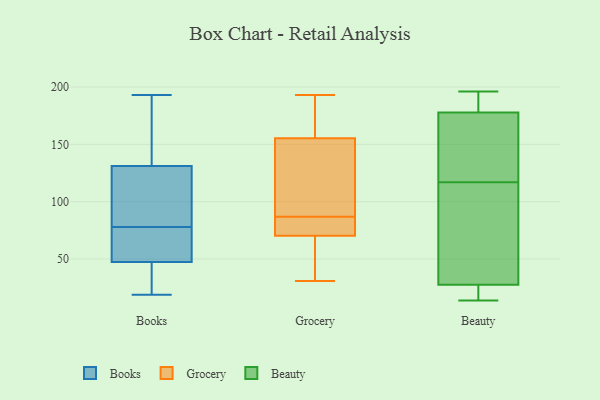
{"axis": {"x": "Budget (USD K)", "y": "Value"}, "legend": ["Beauty", "Books", "Grocery"], "data": [{"x": "", "y": 109, "type": "Books"}, {"x": "", "y": 19, "type": "Books"}, {"x": "", "y": 46, "type": "Books"}, {"x": "", "y": 193, "type": "Books"}, {"x": "", "y": 166, "type": "Books"}, {"x": "", "y": 134, "type": "Books"}, {"x": "", "y": 52, "type": "Books"}, {"x": "", "y": 78, "type": "Books"}, {"x": "", "y": 123, "type": "Books"}, {"x": "", "y": 33, "type": "Books"}, {"x": "", "y": 57, "type": "Books"}, {"x": "", "y": 62, "type": "Grocery"}, {"x": "", "y": 165, "type": "Grocery"}, {"x": "", "y": 31, "type": "Grocery"}, {"x": "", "y": 87, "type": "Grocery"}, {"x": "", "y": 193, "type": "Grocery"}, {"x": "", "y": 125, "type": "Grocery"}, {"x": "", "y": 81, "type": "Grocery"}, {"x": "", "y": 73, "type": "Grocery"}, {"x": "", "y": 152, "type": "Grocery"}, {"x": "", "y": 140, "type": "Grocery"}, {"x": "", "y": 170, "type": "Grocery"}, {"x": "", "y": 59, "type": "Grocery"}, {"x": "", "y": 82, "type": "Grocery"}, {"x": "", "y": 102, "type": "Beauty"}, {"x": "", "y": 185, "type": "Beauty"}, {"x": "", "y": 27, "type": "Beauty"}, {"x": "", "y": 186, "type": "Beauty"}, {"x": "", "y": 22, "type": "Beauty"}, {"x": "", "y": 141, "type": "Beauty"}, {"x": "", "y": 196, "type": "Beauty"}, {"x": "", "y": 100, "type": "Beauty"}, {"x": "", "y": 177, "type": "Beauty"}, {"x": "", "y": 125, "type": "Beauty"}, {"x": "", "y": 178, "type": "Beauty"}, {"x": "", "y": 117, "type": "Beauty"}, {"x": "", "y": 22, "type": "Beauty"}, {"x": "", "y": 14, "type": "Beauty"}, {"x": "", "y": 30, "type": "Beauty"}]}